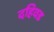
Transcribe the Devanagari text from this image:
दहिवड